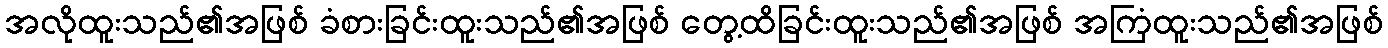
အလိုထူးသည်၏အဖြစ် ခံစားခြင်းထူးသည်၏အဖြစ် တွေ့ထိခြင်းထူးသည်၏အဖြစ် အကြံထူးသည်၏အဖြစ်